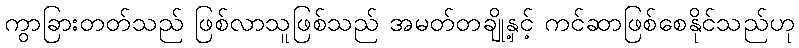
ကွာခြားတတ်သည် ဖြစ်လာသူဖြစ်သည် အမတ်တချို့နှင့် ကင်ဆာဖြစ်စေနိုင်သည်ဟု